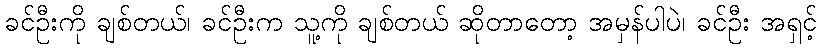
ခင်ဦးကို ချစ်တယ်၊ ခင်ဦးက သူ့ကို ချစ်တယ် ဆိုတာတော့ အမှန်ပါပဲ၊ ခင်ဦး အရှင့်